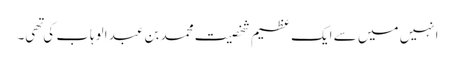
انہیں میں سے ایک عظیم شخصیت محمد بن عبد الوہاب کی تهی۔